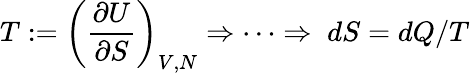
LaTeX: T:=\left({\frac{\partial U}{\partial S}}\right)_{V,N}\Rightarrow\cdots\Rightarrow\; dS=dQ/T